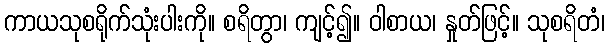
ကာယသုစရိုက်သုံးပါးကို။ စရိတွာ၊ ကျင့်၍။ ဝါစာယ၊ နှုတ်ဖြင့်။ သုစရိတံ၊